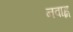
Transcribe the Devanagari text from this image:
नवाह्न